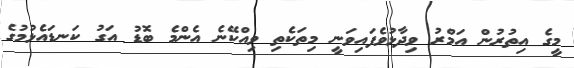
މީގެ އިތުރުން އަމްރު ވިދާޅުވެފައިވަނީ މިތަކެތި ވިއްކޭނެ އެންމެ ބޮޑު އަގު ކަނޑައެޅުމުގެ